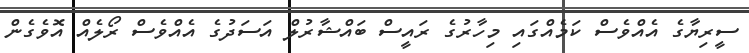
ސީރިޔާގެ އެއްވެސް ކަމެއްގައި މިހާރުގެ ރައީސް ބައްޝާރުލް އަސަދުގެ އެއްވެސް ރޯލެއް އޮވެގެން